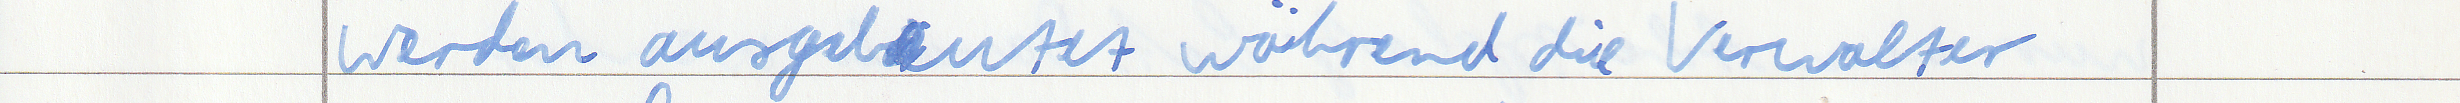
werden ausgebeutet während die Verwalter